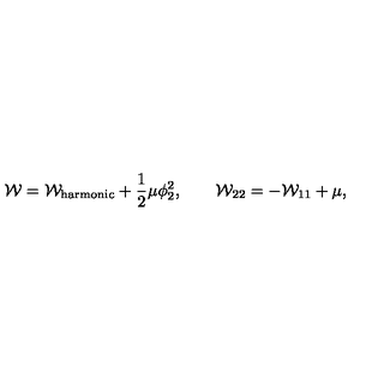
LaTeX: { \cal W } = { \cal W } _ { \mathrm { h a r m o n i c } } + \frac { 1 } { 2 } \mu \phi _ { 2 } ^ { 2 } , \qquad { \cal W } _ { 2 2 } = - { \cal W } _ { 1 1 } + \mu ,